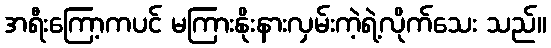
အရီးကြော့ကပင် မကြားနိုးနားလှမ်းကဲ့ရဲ့လိုက်သေး သည်။